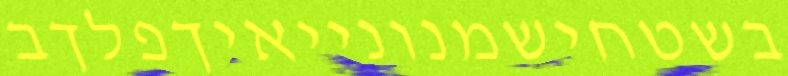
בשטחישמנונייאיךפלךב